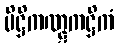
ပိဋ္ဌိကဏ္ဋကဋ္ဌိကံ